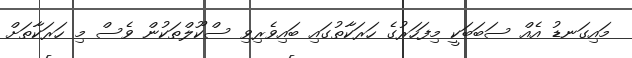
މައިގަނޑު އެއް ސަބަބަކީ މިފަހަރުގެ ހަރަކާތުގައި ބައިވެރިވި ސްކޫލްތަކުން ވެސް މި ހަރަކާތަށް